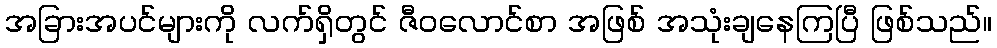
အခြားအပင်များကို လက်ရှိတွင် ဇီဝလောင်စာ အဖြစ် အသုံးချနေကြပြီ ဖြစ်သည်။